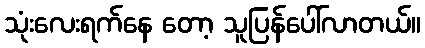
သုံးလေးရက်နေ တော့ သူပြန်ပေါ်လာတယ်။